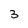
Character: 3